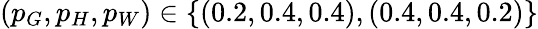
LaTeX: (p_{G},p_{H},p_{W})\in\{ (0.2,0.4,0.4),(0.4,0.4,0.2)\}